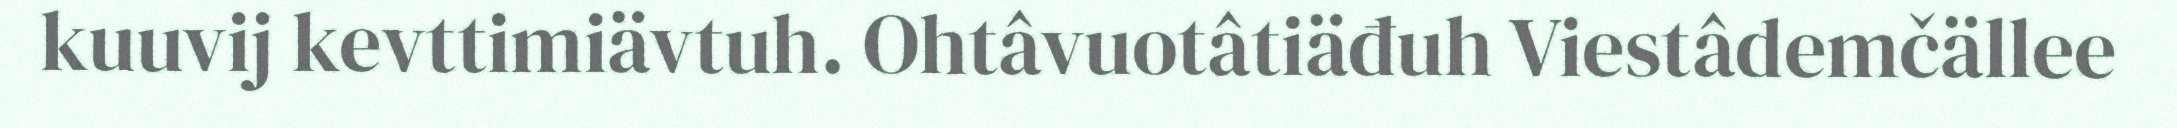
kuuvij kevttimiävtuh. Ohtâvuotâtiäđuh Viestâdemčällee